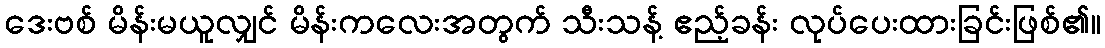
ဒေးဗစ် မိန်းမယူလျှင် မိန်းကလေးအတွက် သီးသန့် ဧည့်ခန်း လုပ်ပေးထားခြင်းဖြစ်၏။